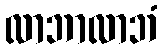
လာဘာလာဘံ